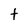
Character: t